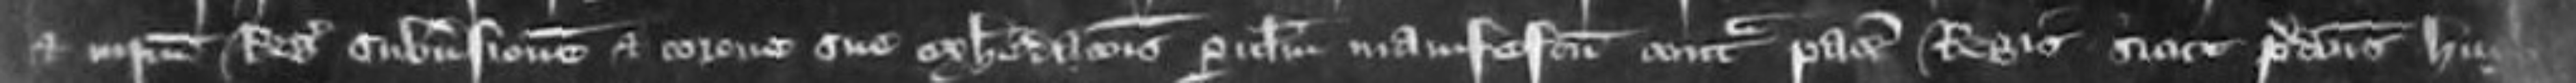
et ipsum Regem subversionem et corone sue exheredationis periculum manifestum contra pacem Regis sicut predictus Hugh